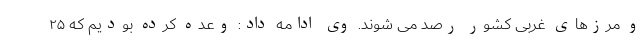
و مرزهای غربی کشور رصد می شوند. وی ادامه داد: وعده کرده بودیم که ۲۵